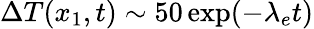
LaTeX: \Delta T(x_{1},t)\sim 50\exp(-\lambda_{e}t)